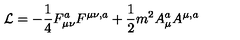
{ \cal L } = - \frac { 1 } { 4 } F _ { \mu \nu } ^ { a } F ^ { \mu \nu , a } + \frac { 1 } { 2 } m ^ { 2 } A _ { \mu } ^ { a } A ^ { \mu , a }